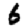
Digit: 6